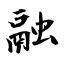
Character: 融